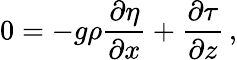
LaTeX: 0=-g\rho\frac{\partial\eta}{\partial x}+\frac{\partial\tau}{\partial z}\, ,